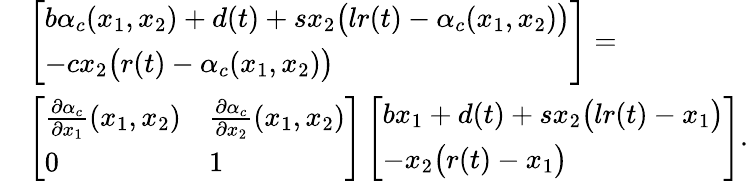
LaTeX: \begin{array}{rl}&{\left[\begin{array}{l}{b\alpha_{c}(x_{1},x_{2})+d(t)+sx_{2}\big(lr(t)-\alpha_{c}(x_{1},x_{2})\big)}\\ {-cx_{2}\big(r(t)-\alpha_{c}(x_{1},x_{2})\big)}\end{array}\right]=}\\ &{\left[\begin{array}{ll}{\frac{\partial\alpha_{c}}{\partial x_{1}}(x_{1},x_{2})}&{\frac{\partial\alpha_{c}}{\partial x_{2}}(x_{1},x_{2})}\\ {0}&{1}\end{array}\right]\left[\begin{array}{l}{bx_{1}+d(t)+sx_{2}\big(lr(t)-x_{1}\big)}\\ {-x_{2}\big(r(t)-x_{1}\big)}\end{array}\right].}\end{array}